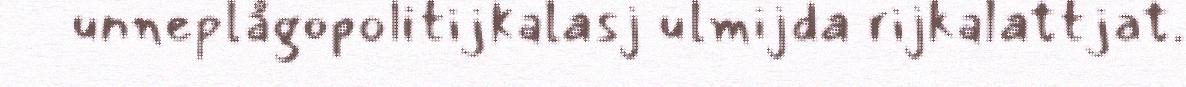
unneplågopolitijkalasj ulmijda rijkalattjat.